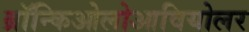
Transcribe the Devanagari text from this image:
ब्रॉन्किओलोआवियोलर